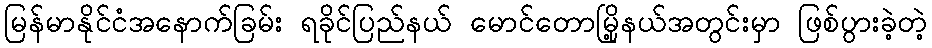
မြန်မာနိုင်ငံအနောက်ခြမ်း ရခိုင်ပြည်နယ် မောင်တောမြို့နယ်အတွင်းမှာ ဖြစ်ပွားခဲ့တဲ့